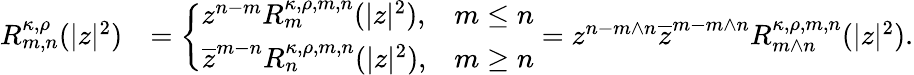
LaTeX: \begin{array}{rl}{R_{m,n}^{\kappa,\rho}(|z|^{2})}&{=\left\{ \begin{array}{ll}{z^{n-m}R_{m}^{\kappa,\rho,m,n}(|z|^{2}),}&{m\leq n}\\ {\overline{{z}}^{m-n}R_{n}^{\kappa,\rho,m,n}(|z|^{2}),}&{m\geq n}\end{array}\right.=z^{n-m\wedge n}\overline{{z}}^{m-m\wedge n}R_{m\wedge n}^{\kappa,\rho,m,n}(|z|^{2}).}\end{array}